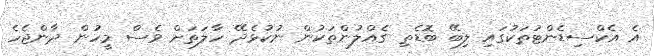
އެ އެކްސިޑެންޓުތަކުގައި ލިބޭ ބޮޑެތި ގެއްލުންތަކުން ނުކުޅެދޭ ހާލަތަށް ވެސް މީހުން ދާންޖެހެ